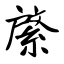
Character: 綮